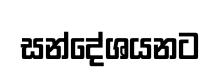
සන්දේශයනට